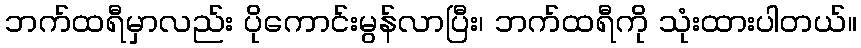
ဘက်ထရီမှာလည်း ပိုကောင်းမွန်လာပြီး၊ ဘက်ထရီကို သုံးထားပါတယ်။